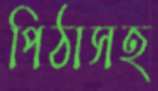
পিঠাসহ